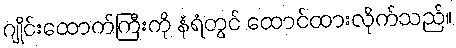
ဂျိုင်းထောက်ကြီးကို နံရံတွင် ထောင်ထားလိုက်သည်။